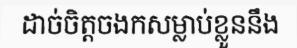
ដាច់ចិត្តចងកសម្លាប់ខ្លួននឹង